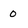
Character: O